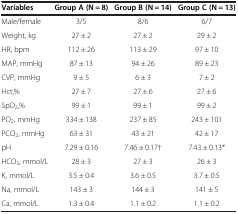
<table><thead><tr><td><b>Variables</b></td><td><b>Group A (N = 8)</b></td><td><b>Group B (N = 14)</b></td><td><b>Group C (N = 13)</b></td></tr></thead><tbody><tr><td>Male/female</td><td>3/5</td><td>8/6</td><td>6/7</td></tr><tr><td>Weight, kg</td><td>27 ± 2</td><td>27 ± 2</td><td>29 ± 2</td></tr><tr><td>HR, bpm</td><td>112 ± 26</td><td>113 ± 29</td><td>97 ± 10</td></tr><tr><td>MAP, mmHg</td><td>87 ± 13</td><td>94 ± 26</td><td>89 ± 23</td></tr><tr><td>CVP, mmHg</td><td>9 ± 5</td><td>6 ± 3</td><td>7 ± 2</td></tr><tr><td>Hct,%</td><td>27 ± 7</td><td>27 ± 6</td><td>27 ± 6</td></tr><tr><td>SpO<sub>2</sub>,%</td><td>99 ± 1</td><td>99 ± 1</td><td>99 ± 2</td></tr><tr><td>PO<sub>2</sub>, mmHg</td><td>334 ± 138</td><td>237 ± 85</td><td>243 ± 101</td></tr><tr><td>PCO<sub>2</sub>, mmHg</td><td>63 ± 31</td><td>43 ± 21</td><td>42 ± 17</td></tr><tr><td>pH</td><td>7.29 ± 0.16</td><td>7.46 ± 0.17†</td><td>7.43 ± 0.13*</td></tr><tr><td>HCO<sub>3</sub>, mmol/L</td><td>28 ± 3</td><td>27 ± 3</td><td>26 ± 3</td></tr><tr><td>K, mmol/L</td><td>3.5 ± 0.4</td><td>3.6 ± 0.5</td><td>3.7 ± 0.5</td></tr><tr><td>Na, mmol/L</td><td>143 ± 3</td><td>144 ± 3</td><td>141 ± 5</td></tr><tr><td>Ca, mmol/L</td><td>1.3 ± 0.4</td><td>1.1 ± 0.2</td><td>1.1 ± 0.2</td></tr></tbody></table>